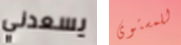
يسعدني للمستوى